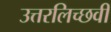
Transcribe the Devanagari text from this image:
उत्तरलिच्छवी